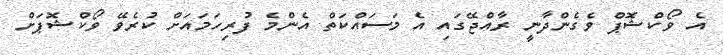
އެ ވޯކްޝޮޕް ވެގެންދާނީ ރާއްޖޭގައި އެ މަސައްކަތް އެންމެ ފުރިހަމައަށް ކުރެވޭ ވޯކްޝޮޕަށް